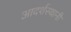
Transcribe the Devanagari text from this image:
आदर्शस्थानी